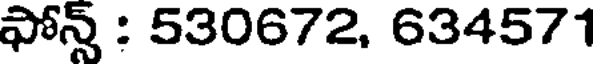
ఫోన్స్ : 530672, 634571